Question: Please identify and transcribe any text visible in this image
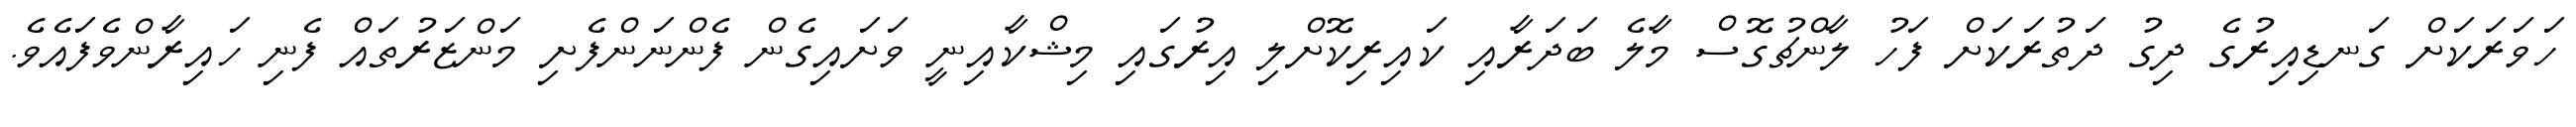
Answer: ހަވަރަކަށް ގަނޑިއިރުގެ ދިގު ދަތުރަކަށް ފަހު ލާންޗުގޮސް މާލެ ބަދަރާއި ކައިރިކޮށްލި އިރުގައި މިޝްކާއިނީ ވަށައިގެން ފެންނަންފެށި މަންޒަރުތައް ފެނި ހައިރާންވެފައެވެ.